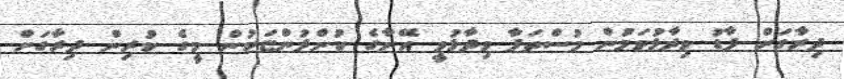
ދިރާގަށް ފާޑު ވިދާޅުވަމުން މުސްތަފާ ވިދާޅުވީ އޭނާގެ ކުންފުންޏަކުން މީގެ ކުރިން ދިރާގަށް